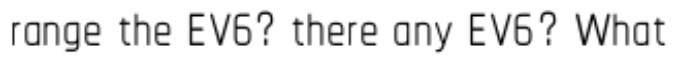
range the EV6? there any EV6? What